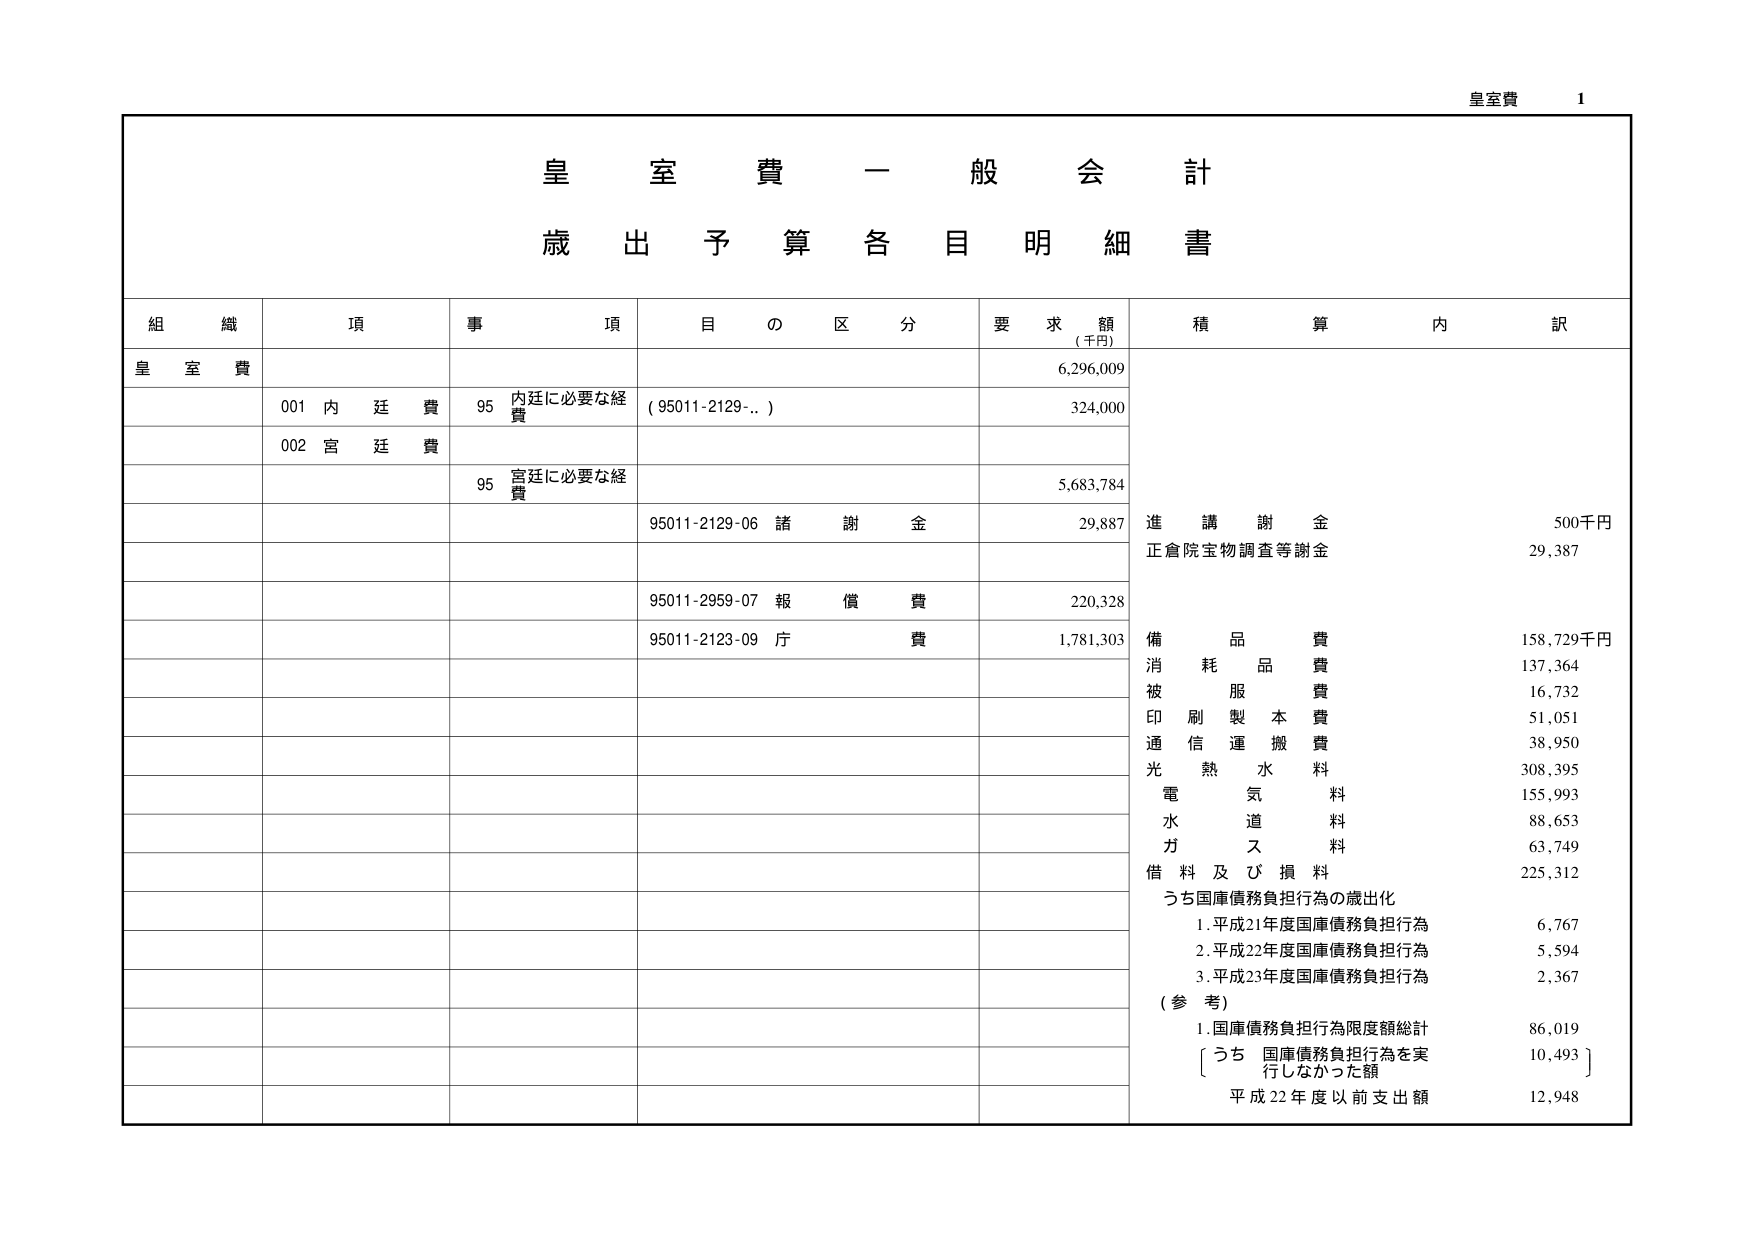
皇室費 1
皇 室 費 一 般 会 計
歳 出 予 算 各 目 明 細 書

組 織 項 事 項 目 の 区 分 要 求 額 （千円） 積 算 内 訳
皇 室 費 6,296,009
　001 内 廷 費 95 内廷に必要な経費 （95011-2129-…） 324,000
　002 宮 廷 費 95 宮廷に必要な経費 5,683,784
　　　　　　　　　　　95011-2129-06 諸 謝 金 29,887 進 講 謝 金 500千円
　　　　　　　　　　　　　　　　　　　　　　　　　　　　　　　正倉院宝物調査等謝金 29,387
　　　　　　　　　　　95011-2959-07 報 償 費 220,328
　　　　　　　　　　　95011-2123-09 庁 費 1,781,303 備 品 費 158,729千円
　　　　　　　　　　　　　　　　　　　　　　　　　　　　　　　消耗品費 137,364
　　　　　　　　　　　　　　　　　　　　　　　　　　　　　　　被服費 16,732
　　　　　　　　　　　　　　　　　　　　　　　　　　　　　　　印刷製本費 51,051
　　　　　　　　　　　　　　　　　　　　　　　　　　　　　　　通信運搬費 38,950
　　　　　　　　　　　　　　　　　　　　　　　　　　　　　　　光熱水料 308,395
　　　　　　　　　　　　　　　　　　　　　　　　　　　　　　　電気料 155,993
　　　　　　　　　　　　　　　　　　　　　　　　　　　　　　　水道料 88,653
　　　　　　　　　　　　　　　　　　　　　　　　　　　　　　　ガス料 63,749
　　　　　　　　　　　　　　　　　　　　　　　　　　　　　　　借料及び損料 225,312
　　　　　　　　　　　　　　　　　　　　　　　　　　　　　　　うち国庫債務負担行為の歳出化
　　　　　　　　　　　　　　　　　　　　　　　　　　　　　　　　1. 平成21年度国庫債務負担行為 6,767
　　　　　　　　　　　　　　　　　　　　　　　　　　　　　　　　2. 平成22年度国庫債務負担行為 5,594
　　　　　　　　　　　　　　　　　　　　　　　　　　　　　　　　3. 平成23年度国庫債務負担行為 2,367
　　　　　　　　　　　　　　　　　　　　　　　　　　　　　　　（参考）
　　　　　　　　　　　　　　　　　　　　　　　　　　　　　　　　1. 国庫債務負担行為限度額総計 86,019
　　　　　　　　　　　　　　　　　　　　　　　　　　　　　　　　〔うち 国庫債務負担行為を実行しなかった額 10,493〕
　　　　　　　　　　　　　　　　　　　　　　　　　　　　　　　　平成22年度以前支出額 12,948